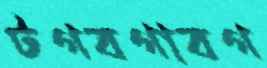
টগবগাবগ